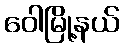
ဝေါမြို့နယ်